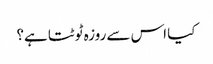
کیا اس سے روزہ ٹوٹتا ہے؟